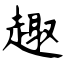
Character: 趣